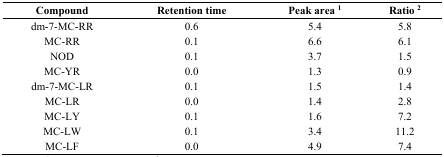
| Compound | Retention time | Peak area 1 | Ratio 2 |
 | --- | --- | --- | --- |
 | dm-7-MC-RR | 0.6 | 5.4 | 5.8 |
 | MC-RR | 0.1 | 6.6 | 6.1 |
 | NOD | 0.1 | 3.7 | 1.5 |
 | MC-YR | 0.0 | 1.3 | 0.9 |
 | dm-7-MC-LR | 0.1 | 1.5 | 1.4 |
 | MC-LR | 0.0 | 1.4 | 2.8 |
 | MC-LY | 0.1 | 1.6 | 7.2 |
 | MC-LW | 0.1 | 3.4 | 11.2 |
 | MC-LF | 0.0 | 4.9 | 7.4 |